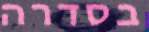
בסדרה